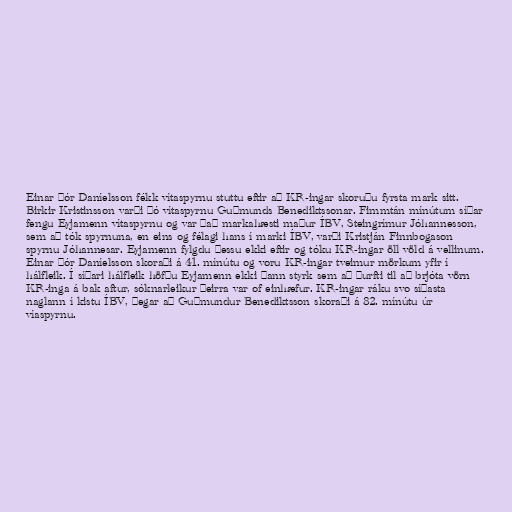
Einar Þór Daníelsson fékk vítaspyrnu stuttu eftir að KR-ingar skoruðu fyrsta mark sitt.
Birkir Kristinsson varði þó vítaspyrnu Guðmunds Benediktssonar. Fimmtán mínútum síðar
fengu Eyjamenn vítaspyrnu og var það markahæsti maður ÍBV, Steingrímur Jóhannesson,
sem að tók spyrnuna, en eins og félagi hans í marki ÍBV, varði Kristján Finnbogason
spyrnu Jóhannesar. Eyjamenn fylgdu þessu ekki eftir og tóku KR-ingar öll völd á vellinum.
Einar Þór Daníelsson skoraði á 41. mínútu og voru KR-ingar tveimur mörkum yfir í
hálfleik. Í síðari hálfleik höfðu Eyjamenn ekki þann styrk sem að þurfti til að brjóta vörn
KR-inga á bak aftur, sóknarleikur þeirra var of einhæfur. KR-ingar ráku svo síðasta
naglann í kistu ÍBV, þegar að Guðmundur Benediktsson skoraði á 82. mínútu úr
víaspyrnu.